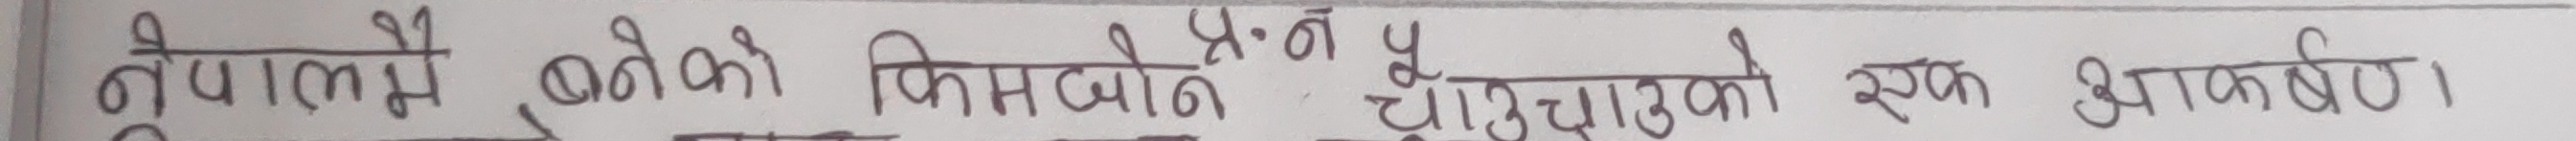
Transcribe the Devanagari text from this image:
नेपालमै बनेको किमाजोने प्र. पु चार्जरको एक आकर्षण।